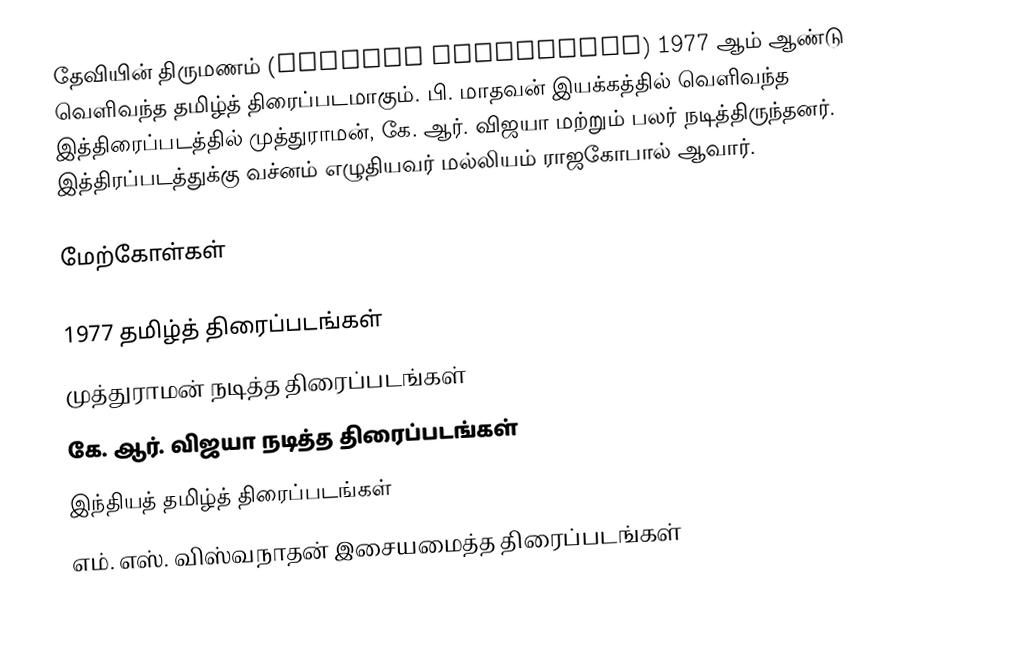
தேவியின் திருமணம் (Deviyin Thirumanam) 1977 ஆம் ஆண்டு வெளிவந்த தமிழ்த் திரைப்படமாகும். பி. மாதவன் இயக்கத்தில் வெளிவந்த இத்திரைப்படத்தில் முத்துராமன், கே. ஆர். விஜயா மற்றும் பலர் நடித்திருந்தனர். இத்திரப்படத்துக்கு வச்னம் எழுதியவர் மல்லியம் ராஜகோபால் ஆவார்.

மேற்கோள்கள்

1977 தமிழ்த் திரைப்படங்கள்
முத்துராமன் நடித்த திரைப்படங்கள்
கே. ஆர். விஜயா நடித்த திரைப்படங்கள்
இந்தியத் தமிழ்த் திரைப்படங்கள்
எம். எஸ். விஸ்வநாதன் இசையமைத்த திரைப்படங்கள்